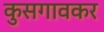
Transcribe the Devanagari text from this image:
कुसगावकर